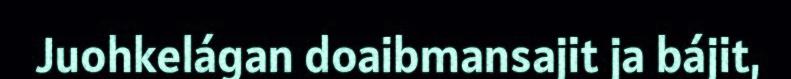
Juohkelágan doaibmansajit ja bájit,